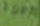
Text: 100n